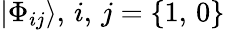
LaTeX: |\Phi_{ij}\rangle,\, i,\, j=\{ 1,\, 0\}